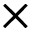
\times